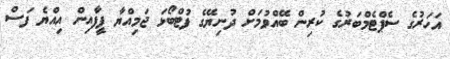
އަހަރުގެ ސެޕްޓެމްބަރުގެ ކުރިން ބޭއްވުމަށް ދުނިޔޭގެ ފުޓްބޯޅަ ޖަމިއްޔާ ފީފާއިން އިއްޔެ ފަސް